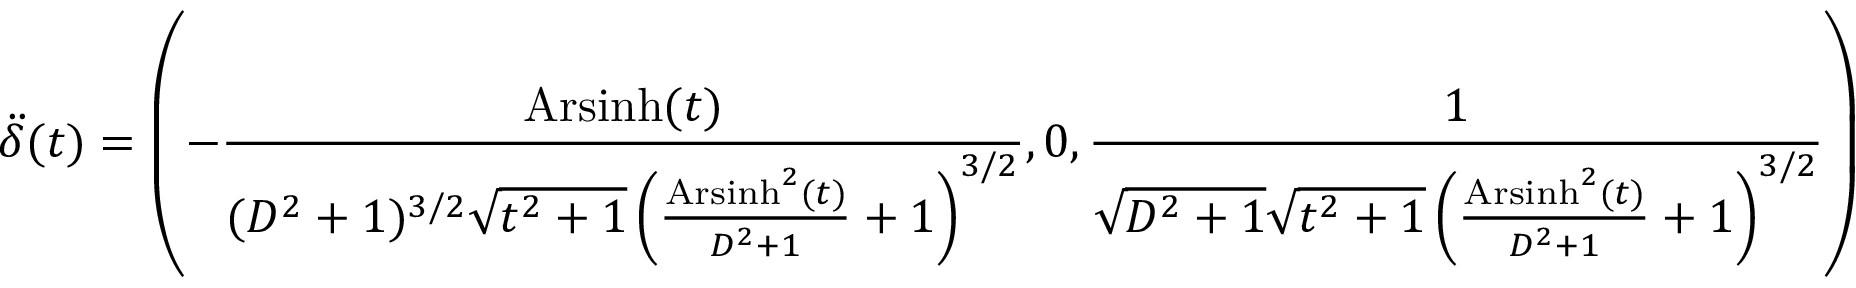
\ddot { \delta } ( t ) = \left( - \frac { \operatorname { A r s i n h } ( t ) } { ( D ^ { 2 } + 1 ) ^ { 3 / 2 } \sqrt { t ^ { 2 } + 1 } \left( \frac { \operatorname { A r s i n h } ^ { 2 } ( t ) } { D ^ { 2 } + 1 } + 1 \right) ^ { 3 / 2 } } , 0 , \frac { 1 } { \sqrt { D ^ { 2 } + 1 } \sqrt { t ^ { 2 } + 1 } \left( \frac { \operatorname { A r s i n h } ^ { 2 } ( t ) } { D ^ { 2 } + 1 } + 1 \right) ^ { 3 / 2 } } \right)